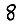
Digit: 8